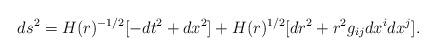
LaTeX: \begin{align*}ds^2= H(r)^{-1/2}[-dt^2 +dx^2] + H(r)^{1/2}[dr^2 +r^2g_{ij}dx^idx^j].\end{align*}